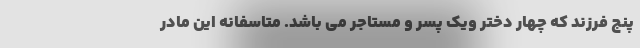
پنج فرزند که چهار دختر ویک پسر و مستاجر می باشد. متاسفانه این مادر